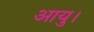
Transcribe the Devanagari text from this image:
आयु।